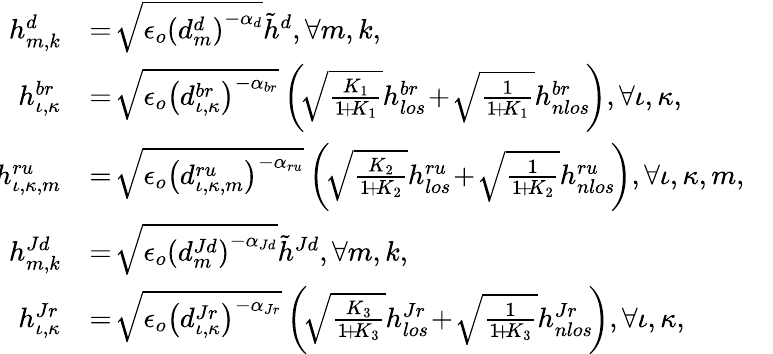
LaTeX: \begin{array}{rlr}{\! h_{m,k}^{d}}&{=\! \sqrt{\epsilon_{o}\left(d_{m}^{d}\right)^{-\alpha_{d}}}\tilde{h}^{d},\forall m,k,}&\\ {\! h_{\iota,\kappa}^{br}}&{=\! \sqrt{\epsilon_{o}\left(d_{\iota,\kappa}^{br}\right)^{-\alpha_{br}}}\left(\! \sqrt{\frac{K_{1}}{1\! +\! K_{1}}}h_{los}^{br}\! +\! \sqrt{\frac{1}{1\! +\! K_{1}}}h_{nlos}^{br}\! \right),\forall\iota,\kappa,}&\\ {\! h_{\iota,\kappa,m}^{ru}}&{=\! \sqrt{\epsilon_{o}\left(d_{\iota,\kappa,m}^{ru}\right)^{-\alpha_{ru}}}\left(\! \sqrt{\frac{K_{2}}{1\! +\! K_{2}}}h_{los}^{ru}\! +\! \sqrt{\frac{1}{1\! +\! K_{2}}}{h}_{nlos}^{ru}\! \right),\forall\iota,\kappa,m,}&\\ {\! h_{m,k}^{Jd}}&{=\! \sqrt{\epsilon_{o}\left(d_{m}^{Jd}\right)^{-\alpha_{Jd}}}\tilde{h}^{Jd},\forall m,k,}&\\ {\! h_{\iota,\kappa}^{Jr}}&{=\! \sqrt{\epsilon_{o}\left(d_{\iota,\kappa}^{Jr}\right)^{-\alpha_{Jr}}}\left(\! \sqrt{\frac{K_{3}}{1\! +\! K_{3}}}h_{los}^{Jr}\! +\! \sqrt{\frac{1}{1\! +\! K_{3}}}h_{nlos}^{Jr}\! \right),\forall\iota,\kappa,}&\end{array}